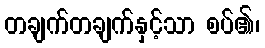
တချက်တချက်နှင့်သာ စပ်၏၊